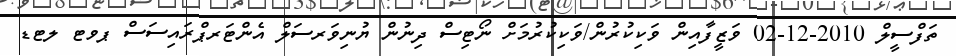
ތަފްސީލް 2010-12-02 ވަޒީފާއިން ވަކިކުރުން/ވަކިކުރުމަށް ނޯޓިސް ދިނުން ޔުނިވަރސަލް އެންޓަރޕްރައިސަސް ޕވޓ ލޓޑ